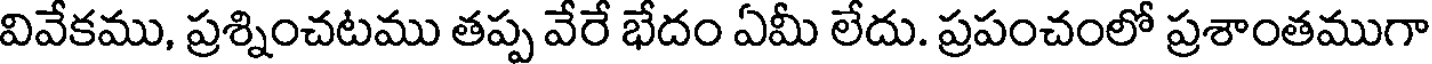
వివేకము, ప్రశ్నించటము తప్ప వేరే భేదం ఏమీ లేదు. ప్రపంచంలో ప్రశాంతముగా